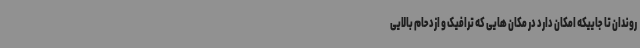
روندان تا جاییکه امکان دارد در مکان هایی که ترافیک و ازدحام بالایی